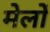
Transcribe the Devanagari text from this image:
मेलोें